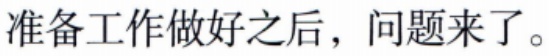
准备工作做好之后，问题来了。